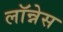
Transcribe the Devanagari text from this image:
लॉन्नेस